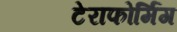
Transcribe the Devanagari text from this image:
टेराफोर्मिंग